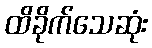
ထိခိုက်သေဆုံး